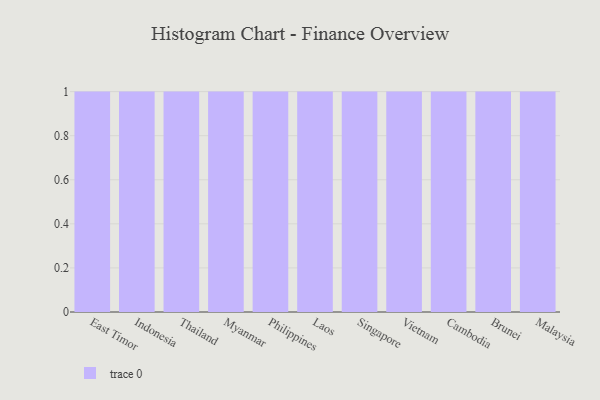
{"axis": {"x": "Country", "y": "Revenue (USD Million)"}, "legend": [""], "data": [{"x": "East Timor", "y": 69, "type": ""}, {"x": "Indonesia", "y": 80, "type": ""}, {"x": "Thailand", "y": 62, "type": ""}, {"x": "Myanmar", "y": 27, "type": ""}, {"x": "Philippines", "y": 79, "type": ""}, {"x": "Laos", "y": 51, "type": ""}, {"x": "Singapore", "y": 20, "type": ""}, {"x": "Vietnam", "y": 50, "type": ""}, {"x": "Cambodia", "y": 26, "type": ""}, {"x": "Brunei", "y": 36, "type": ""}, {"x": "Malaysia", "y": 31, "type": ""}]}